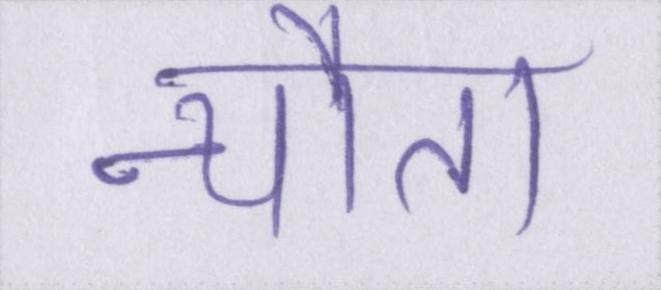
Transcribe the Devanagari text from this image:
न्यौता